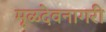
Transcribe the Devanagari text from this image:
मूळदेवनागरी